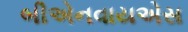
બીએનવાયએસ